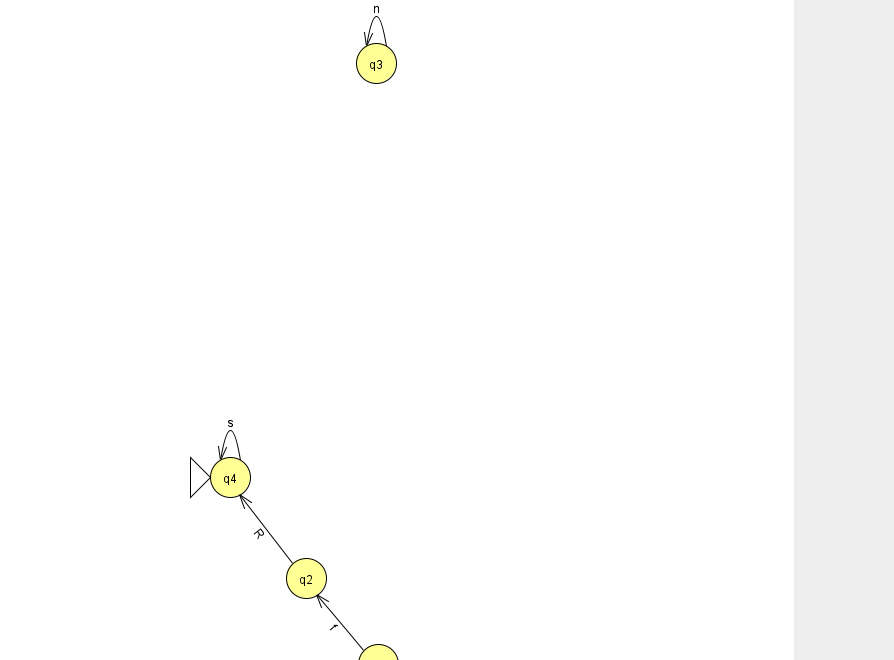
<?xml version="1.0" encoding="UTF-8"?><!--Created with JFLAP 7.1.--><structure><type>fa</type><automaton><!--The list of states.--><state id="0" name="q0"><x>378.0</x><y>651.0</y></state><state id="2" name="q2"><x>306.0</x><y>565.0</y></state><state id="3" name="q3"><x>376.0</x><y>50.0</y></state><state id="4" name="q4"><x>230.0</x><y>464.0</y><initial/></state><!--The list of transitions.--><transition><from>4</from><to>4</to><read>s</read></transition><transition><from>0</from><to>2</to><read>f</read></transition><transition><from>2</from><to>4</to><read>R</read></transition><transition><from>3</from><to>3</to><read>n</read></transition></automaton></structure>